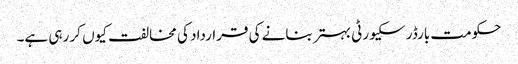
حکومت بارڈر سکیورٹی بہتر بنانے کی قرارداد کی مخالفت کیوں کر رہی ہے۔